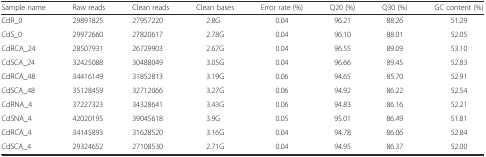
<table><thead><tr><td><b>Sample name</b></td><td><b>Raw reads</b></td><td><b>Clean reads</b></td><td><b>Clean bases</b></td><td><b>Error rate (%)</b></td><td><b>Q20 (%)</b></td><td><b>Q30 (%)</b></td><td><b>GC content (%)</b></td></tr></thead><tbody><tr><td>CdR_0</td><td>29891825</td><td>27957220</td><td>2.8G</td><td>0.04</td><td>96.21</td><td>88.26</td><td>51.29</td></tr><tr><td>CdS_0</td><td>29972660</td><td>27820617</td><td>2.78G</td><td>0.04</td><td>96.10</td><td>88.01</td><td>52.05</td></tr><tr><td>CdRCA_24</td><td>28507931</td><td>26729903</td><td>2.67G</td><td>0.04</td><td>96.55</td><td>89.09</td><td>53.10</td></tr><tr><td>CdSCA_24</td><td>32425088</td><td>30488049</td><td>3.05G</td><td>0.04</td><td>96.66</td><td>89.45</td><td>52.83</td></tr><tr><td>CdRCA_48</td><td>34416149</td><td>31852813</td><td>3.19G</td><td>0.06</td><td>94.65</td><td>85.70</td><td>52.91</td></tr><tr><td>CdSCA_48</td><td>35128459</td><td>32712066</td><td>3.27G</td><td>0.06</td><td>94.92</td><td>86.22</td><td>52.54</td></tr><tr><td>CdRNA_4</td><td>37227323</td><td>34328641</td><td>3.43G</td><td>0.06</td><td>94.83</td><td>86.16</td><td>52.21</td></tr><tr><td>CdSNA_4</td><td>42020195</td><td>39045618</td><td>3.9G</td><td>0.05</td><td>95.01</td><td>86.49</td><td>51.81</td></tr><tr><td>CdRCA_4</td><td>34145893</td><td>31628520</td><td>3.16G</td><td>0.04</td><td>94.78</td><td>86.06</td><td>52.84</td></tr><tr><td>CdSCA_4</td><td>29324652</td><td>27108530</td><td>2.71G</td><td>0.04</td><td>94.95</td><td>86.37</td><td>52.00</td></tr></tbody></table>